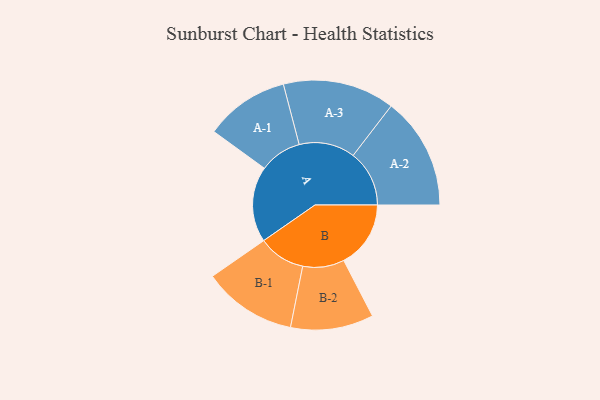
{"axis": {"x": "Segment", "y": "Value"}, "legend": ["", "A", "B"], "data": [{"x": "A", "y": 356, "type": ""}, {"x": "B", "y": 315, "type": ""}, {"x": "A-1", "y": 198, "type": "A"}, {"x": "A-2", "y": 264, "type": "A"}, {"x": "A-3", "y": 263, "type": "A"}, {"x": "B-1", "y": 221, "type": "B"}, {"x": "B-2", "y": 195, "type": "B"}]}